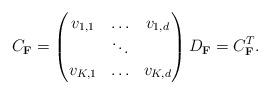
LaTeX: \begin{align*}C_{\mathbf{F}} =\begin{pmatrix}v_{1,1} & \ldots & v_{1,d}\\& \ddots &\\v_{K,1} & \ldots & v_{K,d}\end{pmatrix} D_\mathbf{F} = C_\mathbf{F}^T.\end{align*}